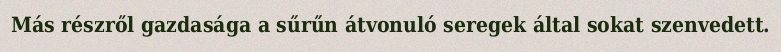
Más részről gazdasága a sűrűn átvonuló seregek által sokat szenvedett.